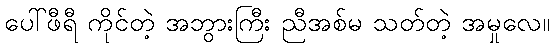
ပေါ်ဖီရီ ကိုင်တဲ့ အဘွားကြီး ညီအစ်မ သတ်တဲ့ အမှုလေ။